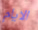
الايام